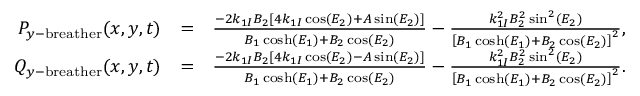
\begin{array} { r l r } { P _ { y \mathrm { - b r e a t h e r } } ( x , y , t ) } & { = } & { \frac { - 2 k _ { 1 I } B _ { 2 } \left[ 4 k _ { 1 I } \cos ( E _ { 2 } ) + A \sin ( E _ { 2 } ) \right] } { B _ { 1 } \cosh ( E _ { 1 } ) + B _ { 2 } \cos ( E _ { 2 } ) } - \frac { k _ { 1 I } ^ { 2 } B _ { 2 } ^ { 2 } \sin ^ { 2 } ( E _ { 2 } ) } { \left[ B _ { 1 } \cosh ( E _ { 1 } ) + B _ { 2 } \cos ( E _ { 2 } ) \right] ^ { 2 } } , \quad } \\ { Q _ { y \mathrm { - b r e a t h e r } } ( x , y , t ) } & { = } & { \frac { - 2 k _ { 1 I } B _ { 2 } \left[ 4 k _ { 1 I } \cos ( E _ { 2 } ) - A \sin ( E _ { 2 } ) \right] } { B _ { 1 } \cosh ( E _ { 1 } ) + B _ { 2 } \cos ( E _ { 2 } ) } - \frac { k _ { 1 I } ^ { 2 } B _ { 2 } ^ { 2 } \sin ^ { 2 } ( E _ { 2 } ) } { \left[ B _ { 1 } \cosh ( E _ { 1 } ) + B _ { 2 } \cos ( E _ { 2 } ) \right] ^ { 2 } } . \quad } \end{array}